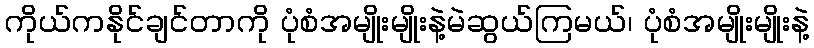
ကိုယ်ကနိုင်ချင်တာကို ပုံစံအမျိုးမျိုးနဲ့မဲဆွယ်ကြမယ်၊ ပုံစံအမျိုးမျိုးနဲ့